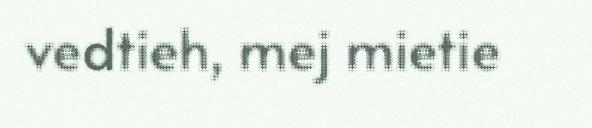
vedtieh, mej mietie